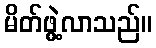
မိတ်ဖွဲ့လာသည်။